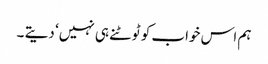
ہم اس خواب کو ٹوٹنے ہی نہیں‘ دیتے ۔